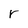
Character: r